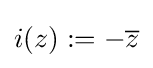
i(z):=-{\overline {z}}